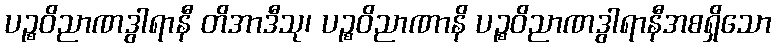
ပဉ္စဝိညာဏဒွါရာနီ တိအာဒီသု၊ ပဉ္စဝိညာဏာနိ ပဉ္စဝိညာဏဒွါရာနီအစရှိသော